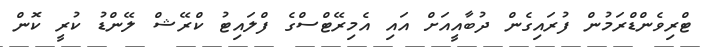
ޓްރިވެންޑްރަމުން ފުރައިގެން ދުބާއީއަށް އައި އެމިރޭޓްސްގެ ފްލައިޓު ކްރޭޝް ލޭންޑު ކުރީ ކޮން